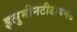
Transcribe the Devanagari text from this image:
इलुमीनटीडायमंड